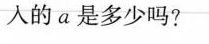
入的a是多少吗?